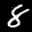
Label: 8